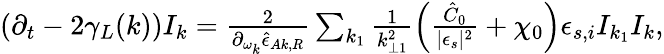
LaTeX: \begin{array}{r}{\left(\partial_{t}-2\gamma_{L}(k)\right)I_{k}=\frac{2}{\partial_{\omega_{k}}\hat{\epsilon}_{Ak,R}}\sum_{k_{1}}\frac{1}{k_{\perp 1}^{2}}\left(\frac{\hat{C}_{0}}{\lvert\epsilon_{s}\rvert^{2}}+\chi_{0}\right)\epsilon_{s,i}I_{k_{1}}I_{k},}\end{array}